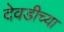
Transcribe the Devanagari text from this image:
देवडीच्या